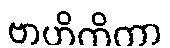
ဗာဟိတိကာ